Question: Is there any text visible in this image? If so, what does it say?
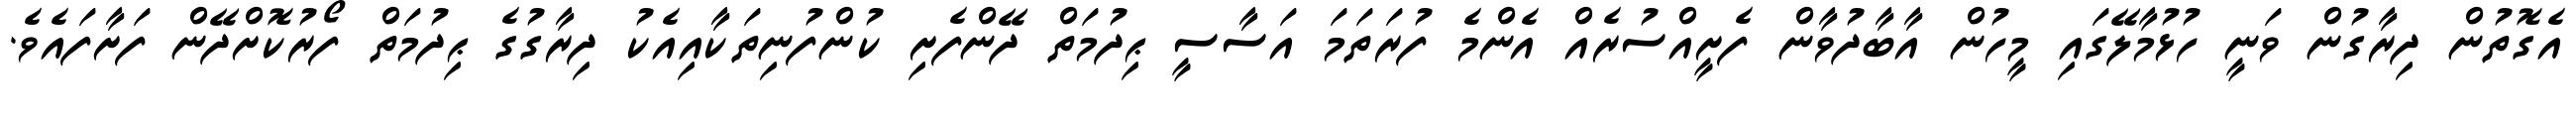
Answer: އެގޮތުން ދިރާގުން ވަނީ ހުޅުމާލޭގައި މީހުން އާބާދުވާން ފެށީއްސުރެއް އެންމެ ފުރަތަމަ އަސާސީ ޙިދުމަތް ދޭންފެށި ކުންފުނިތަކާއިއެކު ދިރާގުގެ ޙިދުމަތް ފޯރުކޮށްދޭން ފަށާފައެވެ.